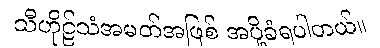
သီဟိုဠ်သံအမတ်အဖြစ် အပို့ခံရပါတယ်။